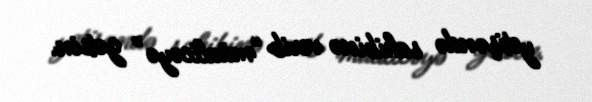
yetişəndə sahibinə verib “müalicəyə” getsin.